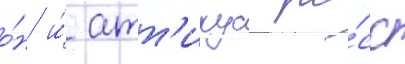
о́н и́ атт'икус ро́сс